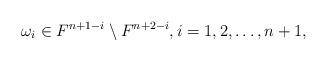
LaTeX: \begin{align*}\omega_i\in F^{n+1-i}\setminus F^{n+2-i},i=1,2,\ldots, n+1,\end{align*}